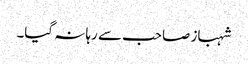
شہباز صاحب سے رہا نہ گیا۔